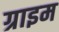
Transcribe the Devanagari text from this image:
ग्राइम